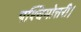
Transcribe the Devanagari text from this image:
पश्चिमोत्तरी।